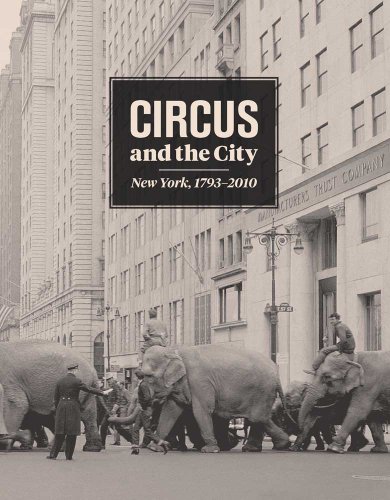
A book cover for Circus and the City: New York, 1793-2010; Matthew Wittmann; Humor & Entertainment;